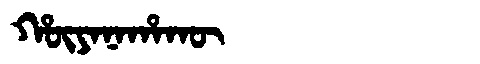
Manchu: ᡥᡡᠶᠠᠨᠠᡥᠠᡴᡡ
Romanization: HŪYANAHAKŪ